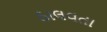
ઠાલવતા